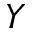
Y